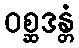
ဝစ္ဆဒန္တံ